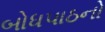
બોધપાઠનો